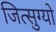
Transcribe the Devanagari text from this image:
जित्सुग्यो